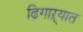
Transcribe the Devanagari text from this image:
ढिगाऱ्यात